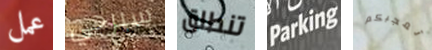
عمل سيرجي تنطلق Parking تعجبكم